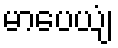
မာပေယျံ